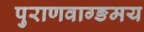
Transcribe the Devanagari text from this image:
पुराणवाग्ङमय